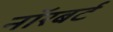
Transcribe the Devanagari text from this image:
नॉरबर्ट